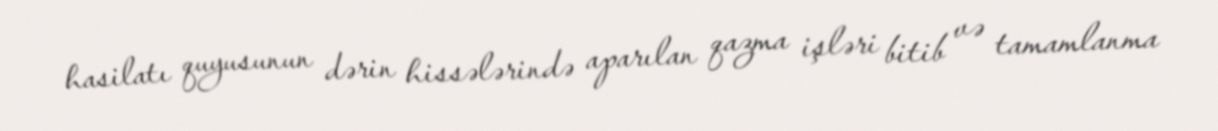
hasilatı quyusunun dərin hissələrində aparılan qazma işləri bitib və tamamlanma